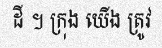
ដី ។ ក្រុង យើង ត្រូវ